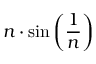
n \cdot \sin \left( { \frac { 1 } { n } } \right)